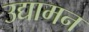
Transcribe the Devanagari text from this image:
उद्यामन